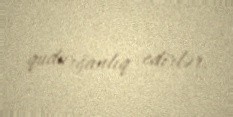
qudurğanlıq edirlər.